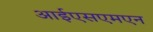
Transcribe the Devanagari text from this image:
आईएसएमएन